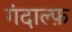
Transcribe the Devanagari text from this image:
गंदाल्फ़